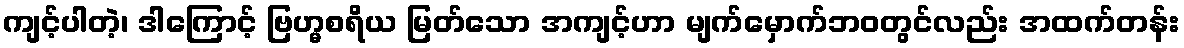
ကျင့်ပါတဲ့၊ ဒါကြောင့် ဗြဟ္မစရိယ မြတ်သော အကျင့်ဟာ မျက်မှောက်ဘဝတွင်လည်း အထက်တန်း